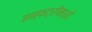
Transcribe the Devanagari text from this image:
इन्फंट्रीमध्ये